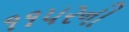
૧૧૫૨ની